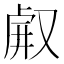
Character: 𠭗